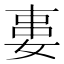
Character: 𡝽